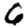
Digit: 6